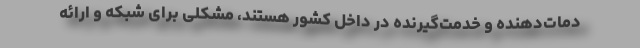
دمات‌دهنده و خدمت‌گیرنده در داخل کشور هستند، مشکلی برای شبکه و ارائه